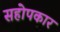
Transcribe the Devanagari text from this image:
सहोपकार